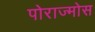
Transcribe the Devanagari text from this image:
पोराज्मोस